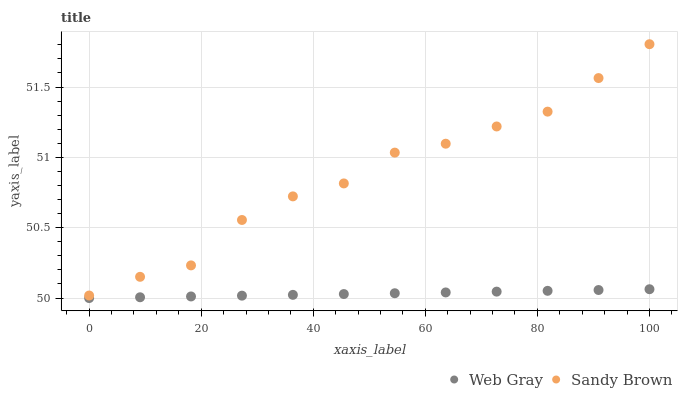
| xaxis_label | Web Gray | Sandy Brown |
 | --- | --- | --- |
 | 0 | 50 | 50 |
 | 9.09 | 50 | 50.2 |
 | 18.2 | 50 | 50.2 |
 | 27.3 | 50 | 50.6 |
 | 36.4 | 50 | 50.7 |
 | 45.5 | 50 | 50.8 |
 | 54.5 | 50 | 51 |
 | 63.6 | 50 | 51.1 |
 | 72.7 | 50 | 51.2 |
 | 81.8 | 50.1 | 51.3 |
 | 90.9 | 50.1 | 51.6 |
 | 100 | 50.1 | 51.8 |